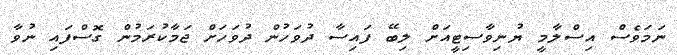
ނަމަވެސް އިސްލާމީ ޔުނިވާސިޓީއަށް ލިބޭ ފައިސާ ދުވަހުން ދުވަހަށް ޖަމާކުރަމުން ގޮސްފައި ނުވާ